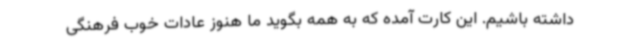
داشته باشیم. این کارت آمده که به همه بگوید ما هنوز عادات خوب فرهنگی